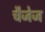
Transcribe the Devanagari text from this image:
चैजेज